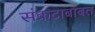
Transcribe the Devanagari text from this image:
संकटाबाबत